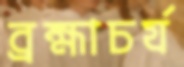
ব্রহ্মাচর্য